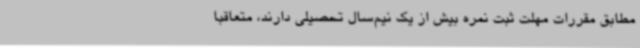
مطابق مقررات مهلت ثبت نمره بیش از یک نیم‌سال تحصیلی دارند، متعاقباً